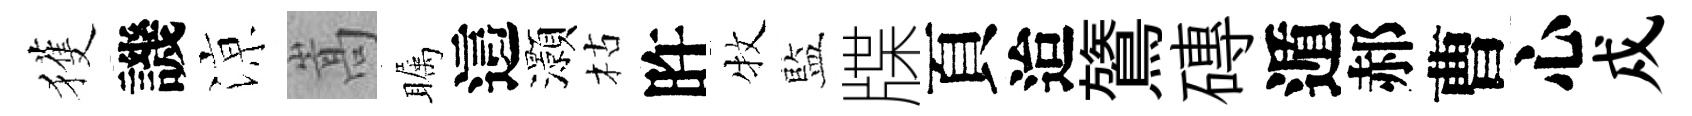
獲譏鿌嵩瞩這灝枯旿牧藍牒頁迨鷟磚遁郝曹心戍